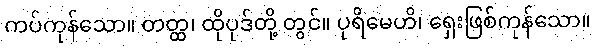
ကပ်ကုန်သော။ တတ္ထ၊ ထိုပုဒ်တို့ တွင်။ ပုရိမေဟိ၊ ရှေးဖြစ်ကုန်သော။